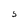
Character: S